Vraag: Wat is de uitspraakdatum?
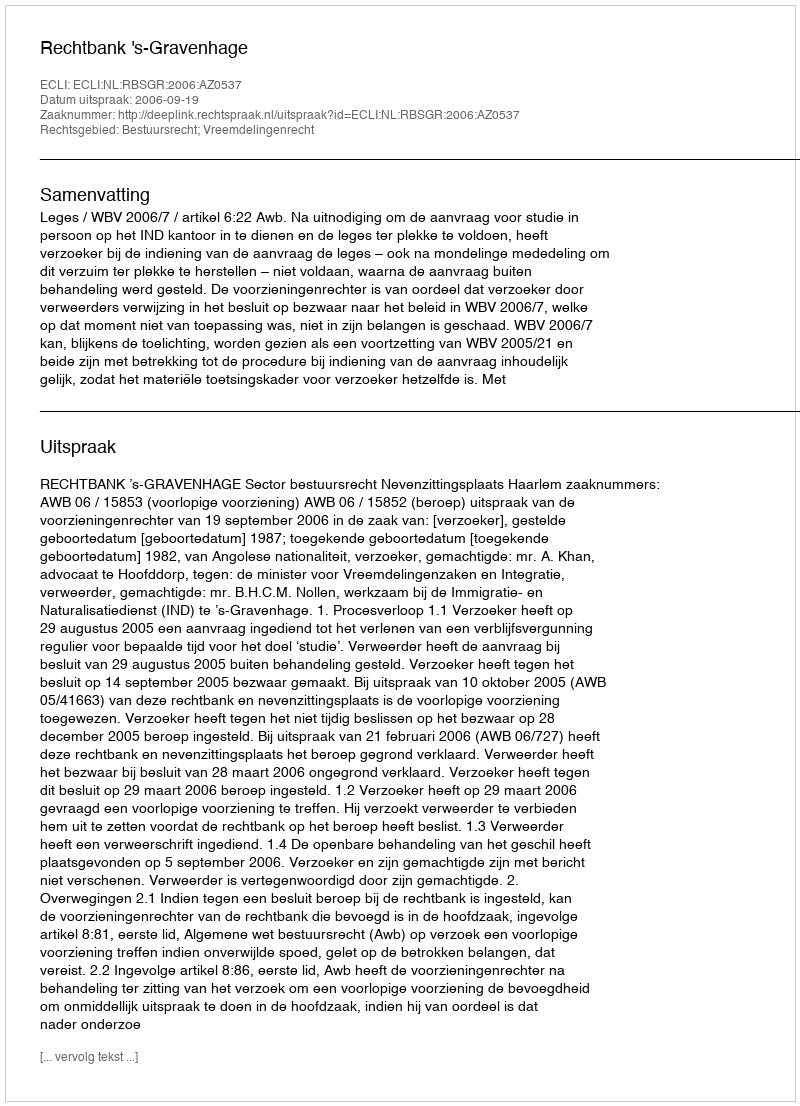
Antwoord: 2006-09-19